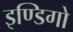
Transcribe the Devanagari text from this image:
इण्डिगो